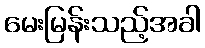
မေးမြန်းသည့်အခါ